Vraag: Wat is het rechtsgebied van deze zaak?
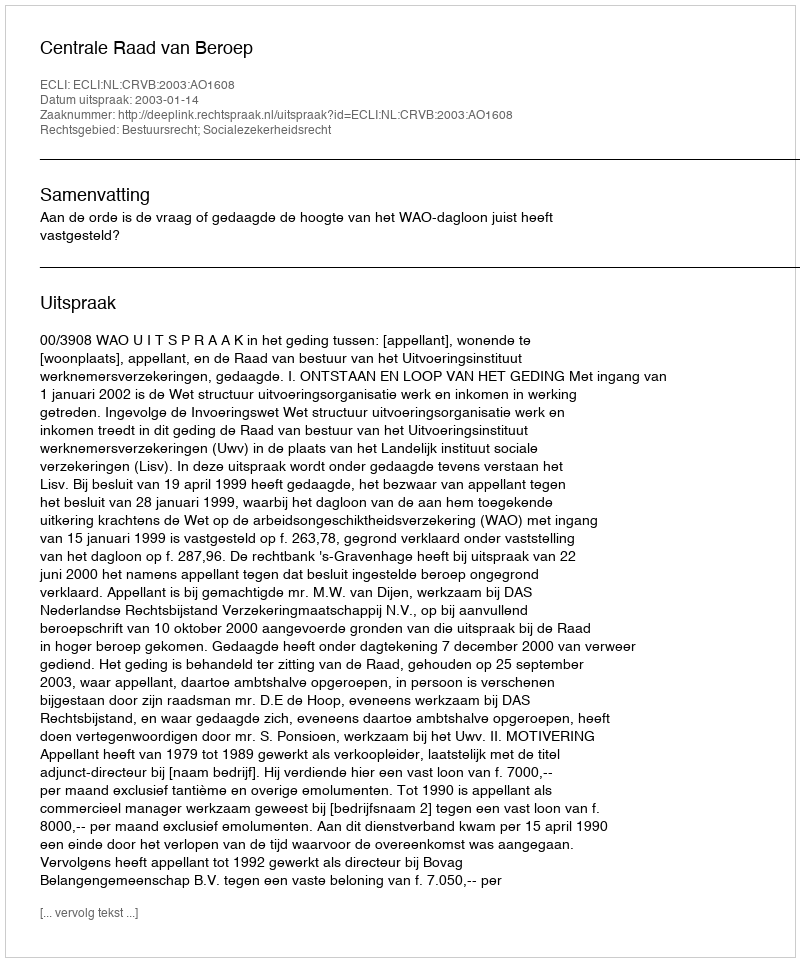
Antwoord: Bestuursrecht; Socialezekerheidsrecht